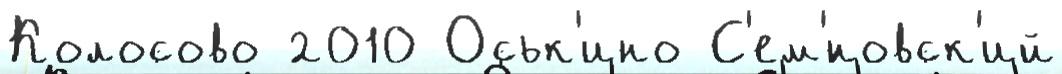
Колосово 2010 Оськ'ино С'ем'́новск'ий